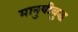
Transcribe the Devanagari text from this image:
मानुषीबुद्ध